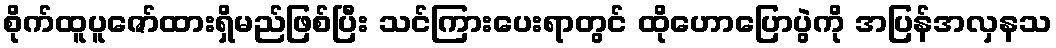
စိုက်ထူပူဇော်ထားရှိမည်ဖြစ်ပြီး သင်ကြားပေးရာတွင် ထိုဟောပြောပွဲကို အပြန်အလှနသ